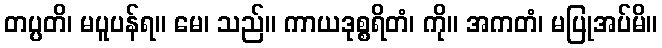
တပ္ပတိ၊ မပူပန်ရ။ မေ၊ သည်။ ကာယဒုစ္စရိတံ၊ ကို။ အကတံ၊ မပြုအပ်မိ။